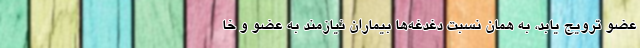
عضو ترویج یابد، به همان نسبت دغدغه‌ها بیماران نیازمند به عضو و خا